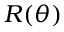
\boldsymbol { R } ( \theta )